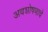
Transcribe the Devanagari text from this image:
अवशोषणाचे